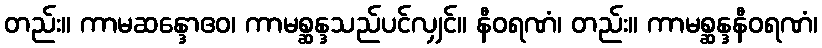
တည်း။ ကာမဆန္ဒောဧဝ၊ ကာမစ္ဆန္ဒသည်ပင်လျှင်။ နီဝရဏံ၊ တည်း။ ကာမစ္ဆန္ဒနီဝရဏံ၊